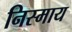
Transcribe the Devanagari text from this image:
निस्माय